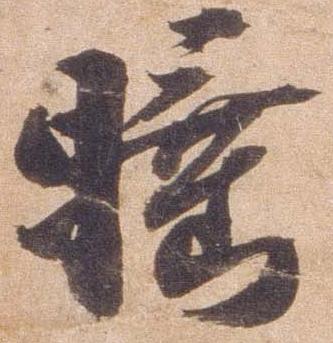
睡